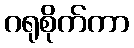
ဂရုစိုက်ကာ